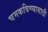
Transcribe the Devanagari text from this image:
चमकविण्यासाठी